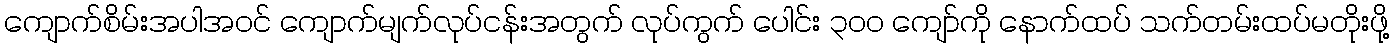
ကျောက်စိမ်းအပါအဝင် ကျောက်မျက်လုပ်ငန်းအတွက် လုပ်ကွက် ပေါင်း ၃၀၀ ကျော်ကို နောက်ထပ် သက်တမ်းထပ်မတိုးဖို့